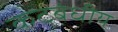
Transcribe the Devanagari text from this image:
कटबंधीय